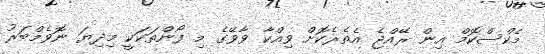
މެކްސްކޮމް އިން ރޭއްޖެ އެތެރެކޮށް ވިއްކާ ވާވޭގެ މި ފޯންތަކަކީ މިދިޔަ ނޮވެމްބަރު